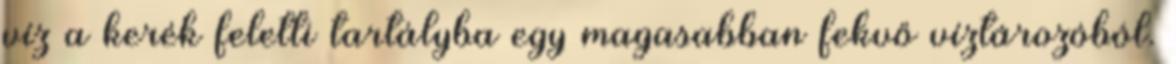
víz a kerék feletti tartályba egy magasabban fekvő víztározóból.